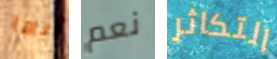
أيها نعم التكاثر